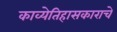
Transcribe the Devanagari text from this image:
काव्येतिहासकाराचे